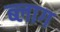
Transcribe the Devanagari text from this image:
ब्‍लाग